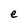
Character: e